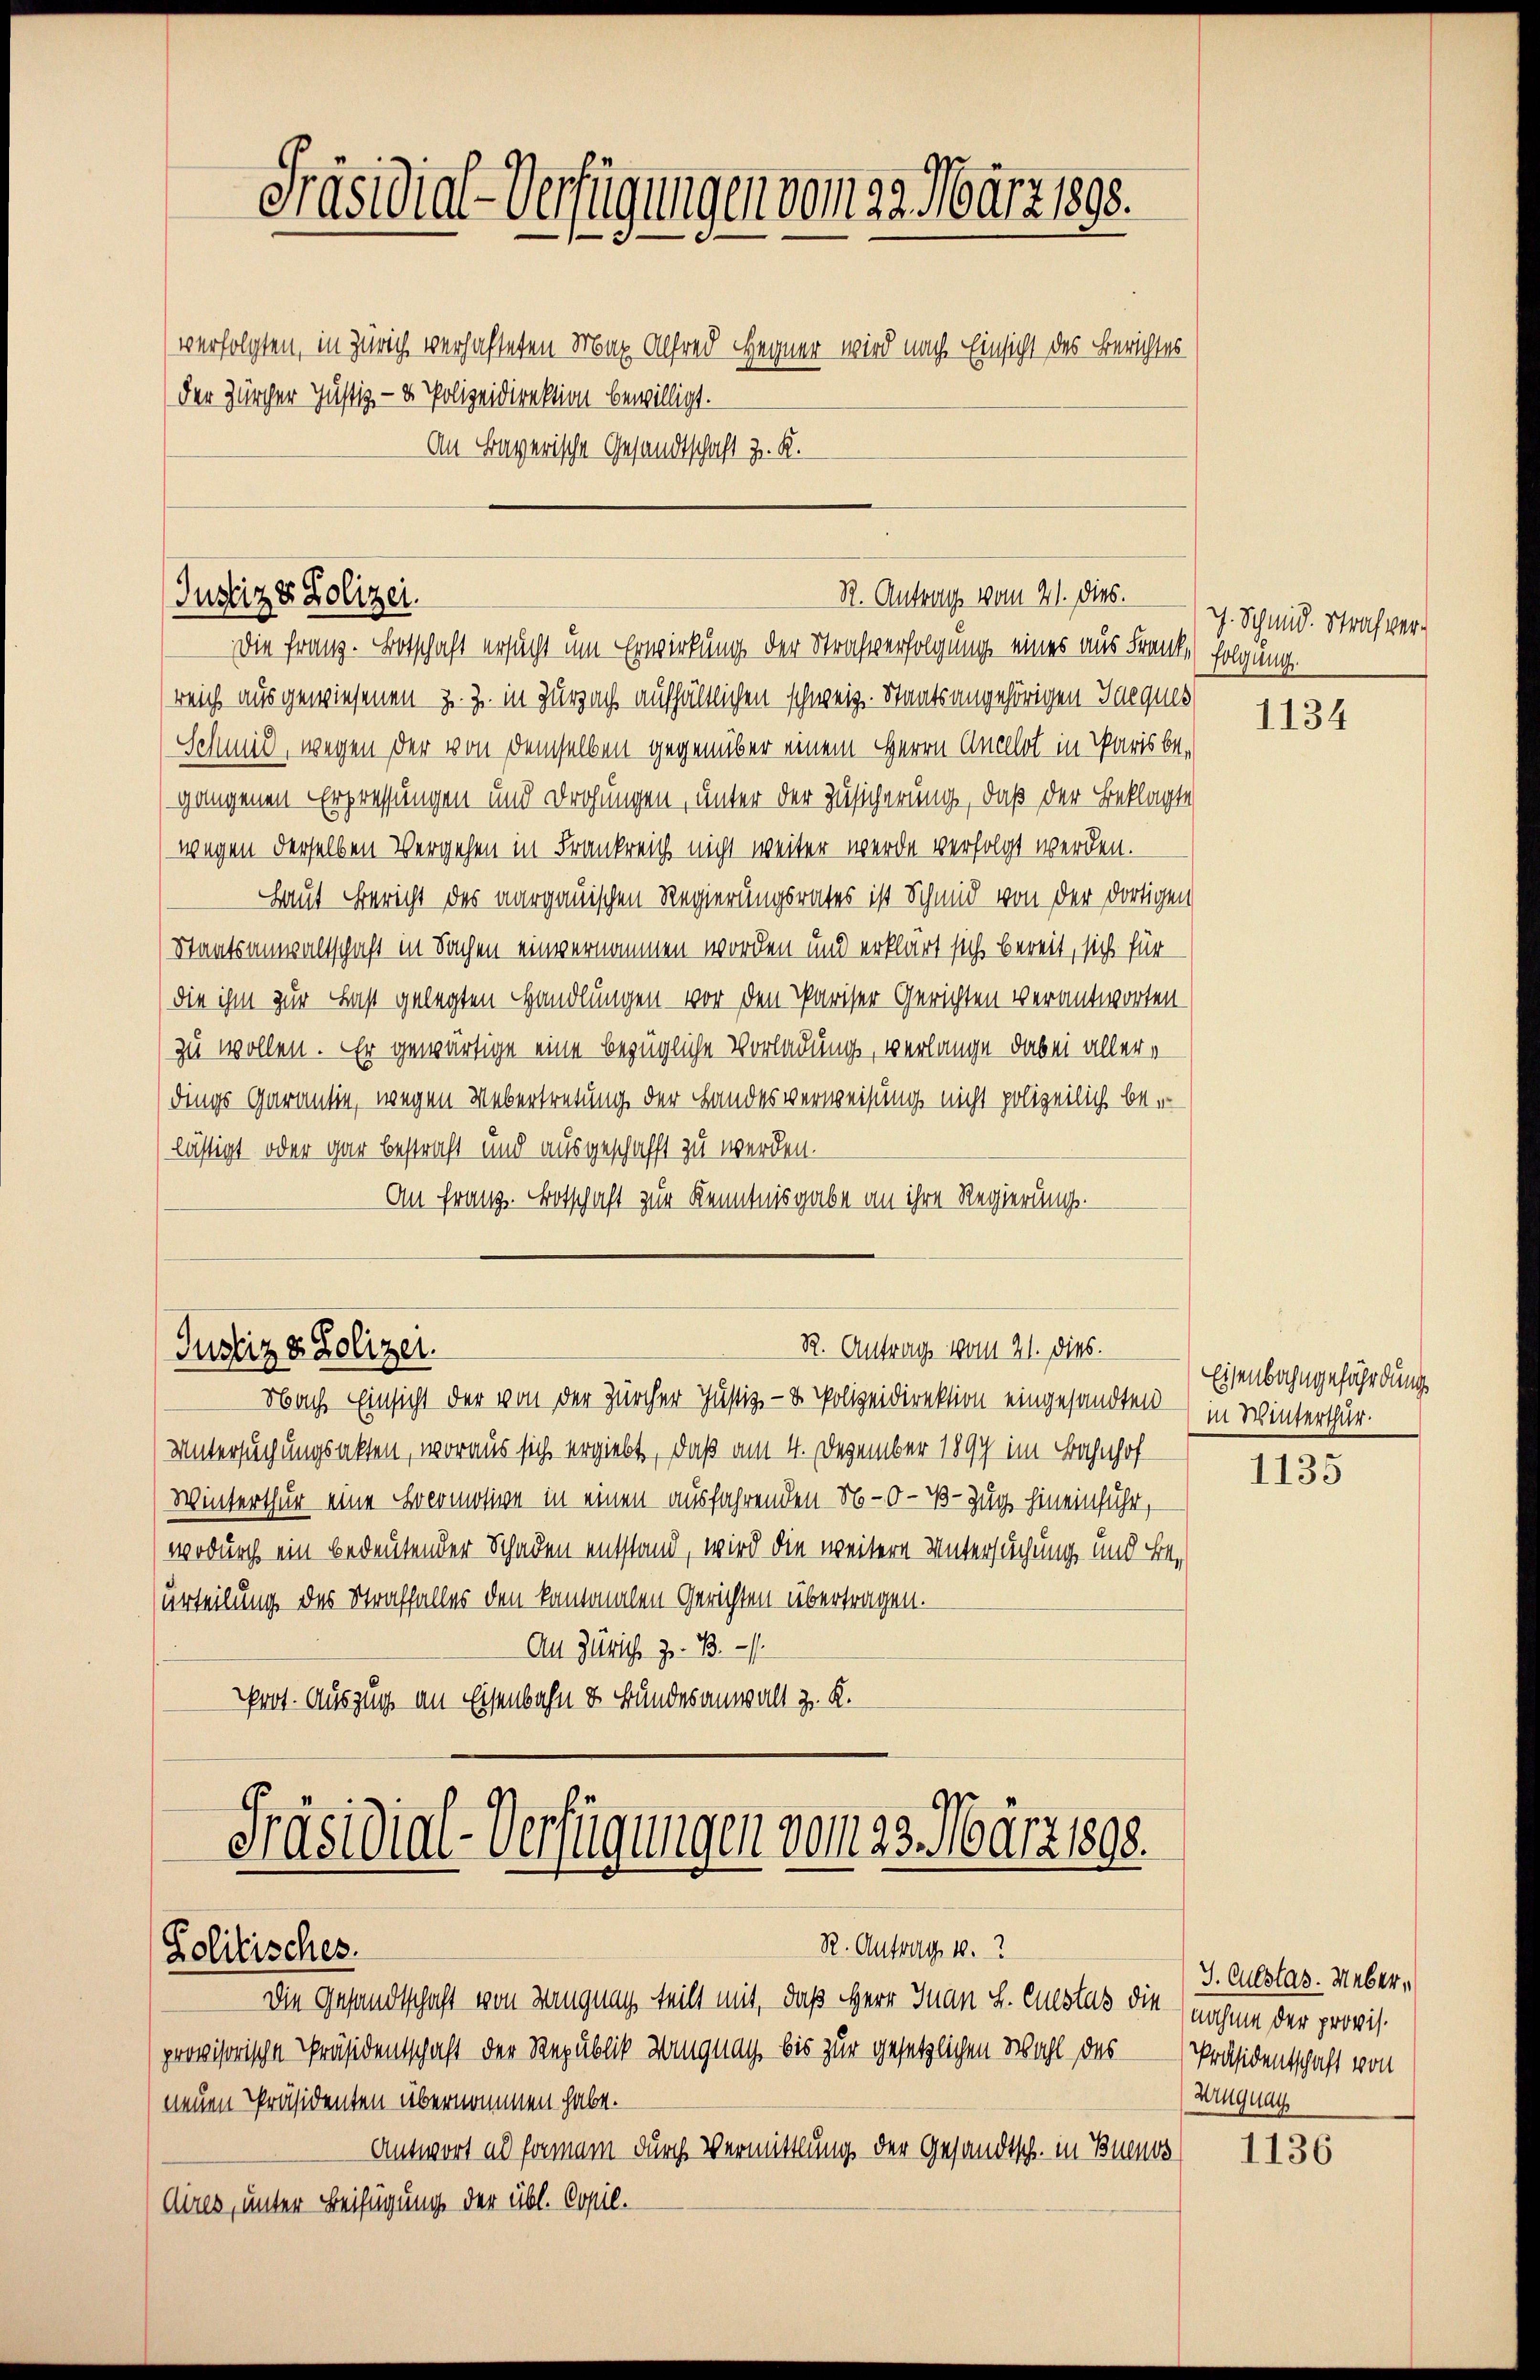
Präsidial-Verfügungen vom 29. März 1890.
verfolgten, in Zürich verhafteten Max Alfred Hegner wird nach Einsicht des Berichtes
der Zürcher Justiz- & Polizeidirektion bewilligt.
An Bayerische Gesandtschaft z. K.

Die Franz. Botschaft ersucht um Erwirkung der Strafverfolgung eines aus Franke folgung.
reich ausgewiesenen z. Z. in Zurzach aufhältlichen schweiz. Staatsangehörigen Jacques
Schmid, wegen der von demselben gegenüber einem Herrn Anellos in Paris begangenen Erpressungen und Drohungen, unter der Zusicherung, daß der Beklagte
wegen derselben Vergehen in Frankreich nicht weiter werde verfolgt werden.
Haut Bericht des aargauischen Regierungsrates ist Schmid von der dortigen
Staatsanwaltschaft in Sachen einvernommen worden und erklärt sich bereit, sich für
(die ihm zur Last gelegten Handlungen - vor den Pariser Gerichten verantworten.
zu wollen. Er gewärtige eine bezügliche Vorladung, verlange dabei allere
dings Garantie, wegen Uebertretung der Landesverweisung nicht polizeilich be-
lästigt oder gar bestraft und ausgeschafft zu werden.
An Franz. Botschaft zur Kenntnisgabe an ihre Regierung.

Justiz & Polizei.

R. Antrange vom 21. ds. g. Schmid. Straf ver¬

R. Antrag vom 21. dies.
Justiz & Polizei.

Nach Einsicht der von der Zürcher Justiz- & Polizeidirektion eingesandten (in Winterthur.
Untersuchungsakten, woraus sich ergiebt, daß am 4. Dezember 1897 im Bahnhof
Winterthur eine Lokomotive in einen ausfahrenden No-O-B-Zug hineinführ,
wodurch ein bedeutender Schaden entstand, wird die weitere Untersuchung und Beurteilung des Straffalles den kantonalen Gerichten übertragen.
Au Zürich z. B.
Prot. Auszug an Eisenbahn & Bundesanwalt z. K.

Präsidial-Verfügungen vom 23. März 1898.
R. Antrag 10.
Solitisches.

Die Gesandtschaft von Langung teilt mit, daß Herr Inan L. Custus die
provisorische Präsidentschaft der Republik Zangnag, bis zur gesetzlichen Wahl des Präsidentschaft von
neuen Präsidenten übernommen habe.
Antwort ad formen durch Vermittlung der Gesandtsch. in Buenos
Aires, unter Beifügung der übl. Copil.

1134

Eisenbahngefährdungs

1135

J. Culstas. Weber,
nahme der provis.
Urugung

1136